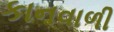
કાનવાળી